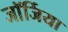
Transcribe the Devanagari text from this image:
जाॅर्जिया